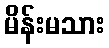
မိန်းမသား